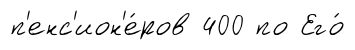
п'енс'ион'е́ров 400 по Его́